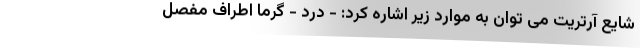
شایع آرتریت می توان به موارد زیر اشاره کرد: - درد - گرما اطراف مفصل